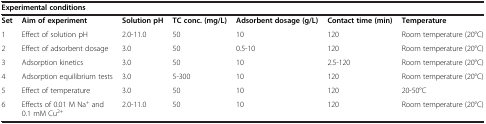
<table><thead><tr><td colspan="7"><b>Experimental conditions</b></td></tr></thead><tbody><tr><td><b>Set</b></td><td><b>Aim of experiment</b></td><td><b>Solution pH</b></td><td><b>TC conc. (mg/L)</b></td><td><b>Adsorbent dosage (g/L)</b></td><td><b>Contact time (min)</b></td><td><b>Temperature</b></td></tr><tr><td>1</td><td>Effect of solution pH</td><td>2.0-11.0</td><td>50</td><td>10</td><td>120</td><td>Room temperature (20°C)</td></tr><tr><td>2</td><td>Effect of adsorbent dosage</td><td>3.0</td><td>50</td><td>0.5-10</td><td>120</td><td>Room temperature (20°C)</td></tr><tr><td>3</td><td>Adsorption kinetics</td><td>3.0</td><td>50</td><td>10</td><td>2.5-120</td><td>Room temperature (20°C)</td></tr><tr><td>4</td><td>Adsorption equilibrium tests</td><td>3.0</td><td>5-300</td><td>10</td><td>120</td><td>Room temperature (20°C)</td></tr><tr><td>5</td><td>Effect of temperature</td><td>3.0</td><td>50</td><td>10</td><td>120</td><td>20-50°C</td></tr><tr><td>6</td><td>Effects of 0.01 M Na<sup>+</sup> and 0.1 mM Cu<sup>2+</sup></td><td>2.0-11.0</td><td>50</td><td>10</td><td>120</td><td>Room temperature (20°C)</td></tr></tbody></table>